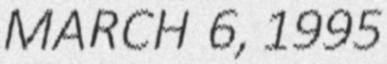
MARCH 6, 1995